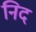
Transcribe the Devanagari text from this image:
निद